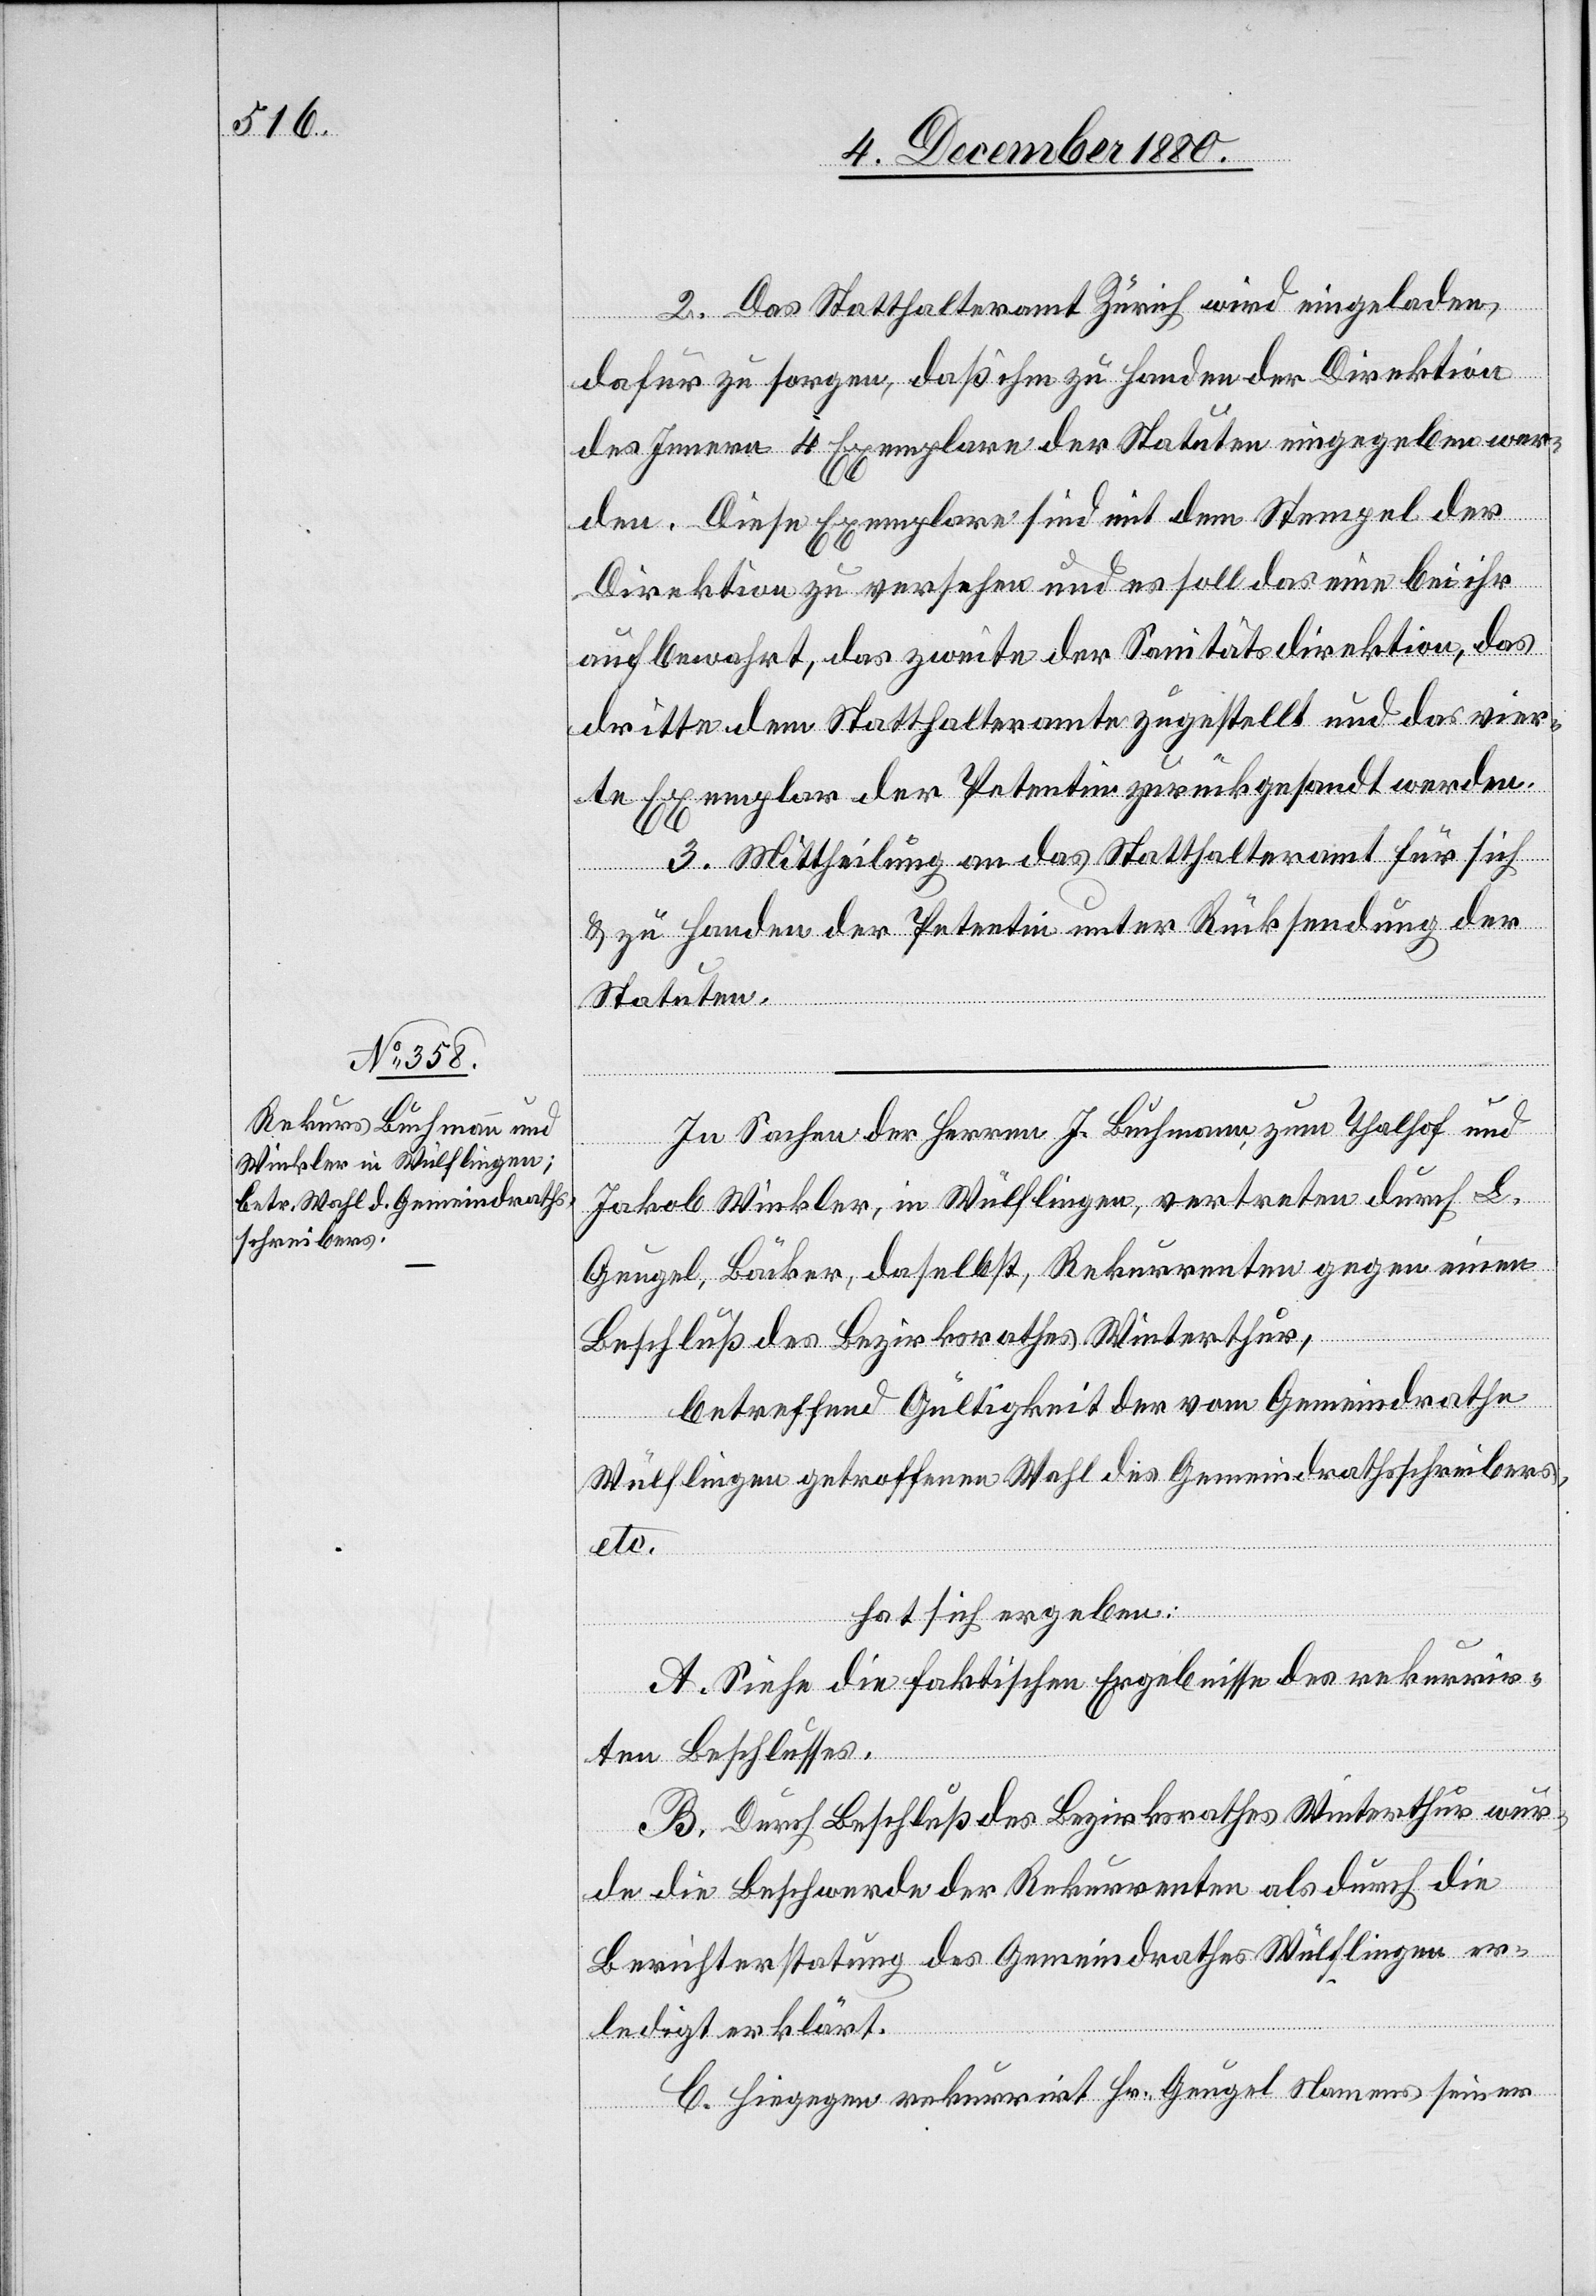
2. Das Statthalteramt Zürich wird eingeladen,
dafür zu sorgen, daß ihm zu Handen der Direktion
des Innern 4 Exemplare der Statuten eingegeben wer¬
den. Diese Exemplare sind mit dem Stempel der
Direktion zu versehen und es soll das eine bei ihr
aufbewahrt, das zweite der Sanitätsdirektion, das
dritte dem Statthalteramt zugestellt und das vier¬
te Exemplar der Petentin zurückgesandt werden.
3. Mittheilung an das Statthalteramt für sich
& zu Handen der Petentin unter Rücksendung der
Statuten.